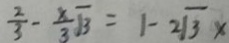
\frac { 2 } { 3 } - \frac { x } { 3 } \sqrt { 3 } = 1 - 2 \sqrt { 3 } x